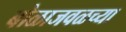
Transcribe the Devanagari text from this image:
बोळाजवळच्या